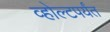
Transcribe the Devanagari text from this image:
व्होल्टपर्यंत